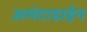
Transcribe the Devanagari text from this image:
अमंटाडाईन